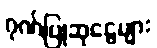
ဂုဏ်ပြုဆုငွေများ